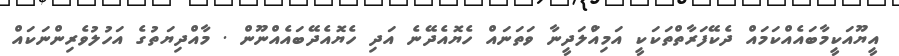
އީޔޫއަކީމާބައެއްކަމައް ދެކޭފަރާތްތަކަކީ އަމިއަްލަދީނާ ވަތަނައް ހެޔޮއެދޭނެ އަދި ހެޔޮއެދޭބައެއްނޫން . މާއްދިޔަތުގެ އަހުލުވެރިންނަކައް